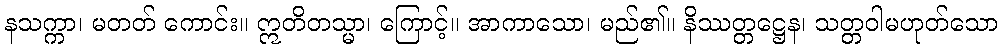
နသက္ကာ၊ မတတ် ကောင်း။ ဣတိတသ္မာ၊ ကြောင့်။ အာကာသော၊ မည်၏။ နိဿတ္တဋ္ဌေန၊ သတ္တဝါမဟုတ်သော